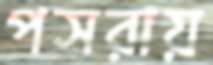
পসরায়